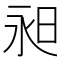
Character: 昶